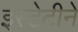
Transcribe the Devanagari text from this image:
इस्टेटीने